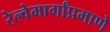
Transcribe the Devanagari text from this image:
रेल्वेमार्गांप्रमाणे